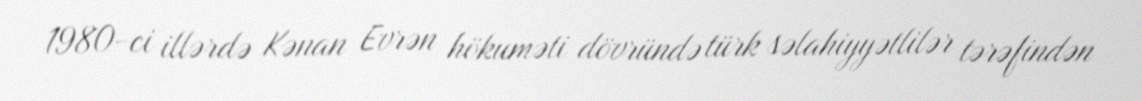
1980-ci illərdə Kənan Evrən hökuməti dövründə türk səlahiyyətlilər tərəfindən